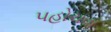
પહોચવા